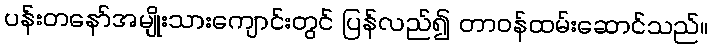
ပန်းတနော်အမျိုးသားကျောင်းတွင် ပြန်လည်၍ တာဝန်ထမ်းဆောင်သည်။